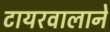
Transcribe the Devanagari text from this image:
टायरवालाने